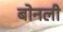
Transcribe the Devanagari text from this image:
बोनली